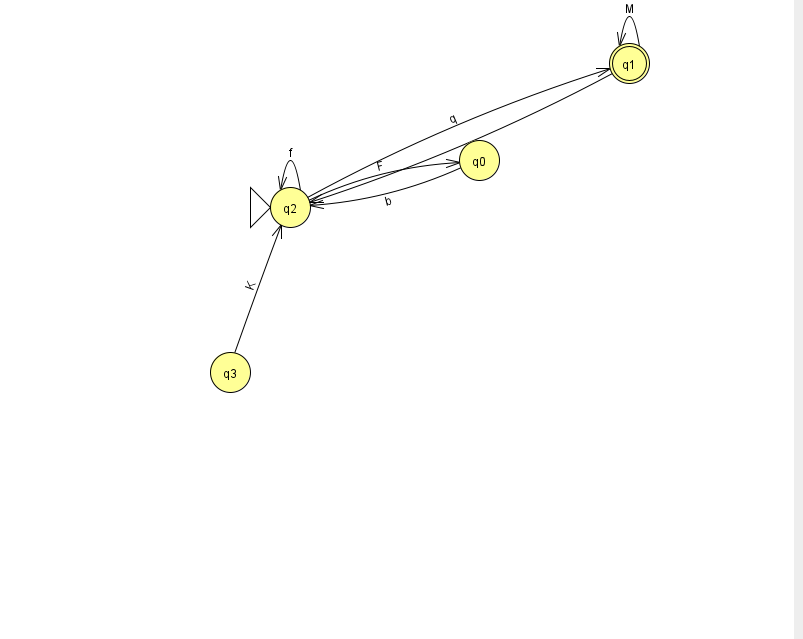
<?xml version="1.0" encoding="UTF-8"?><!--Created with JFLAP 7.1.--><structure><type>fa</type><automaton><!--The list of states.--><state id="0" name="q0"><x>479.0</x><y>147.0</y></state><state id="1" name="q1"><x>629.0</x><y>50.0</y><final/></state><state id="2" name="q2"><x>290.0</x><y>194.0</y><initial/></state><state id="3" name="q3"><x>230.0</x><y>359.0</y></state><!--The list of transitions.--><transition><from>3</from><to>2</to><read>K</read></transition><transition><from>2</from><to>2</to><read>f</read></transition><transition><from>1</from><to>2</to><read>p</read></transition><transition><from>2</from><to>1</to><read>q</read></transition><transition><from>2</from><to>0</to><read>F</read></transition><transition><from>1</from><to>1</to><read>M</read></transition><transition><from>0</from><to>2</to><read>b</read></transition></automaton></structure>